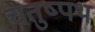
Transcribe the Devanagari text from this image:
चतुष्पथ